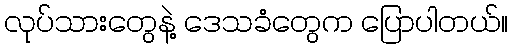
လုပ်သားတွေနဲ့ ဒေသခံတွေက ပြောပါတယ်။